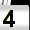
Digit: 4